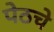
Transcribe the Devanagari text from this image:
पेठचे